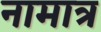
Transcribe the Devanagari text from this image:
नामात्र